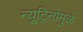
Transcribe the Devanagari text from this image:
न्यूट्रिनोमुळे